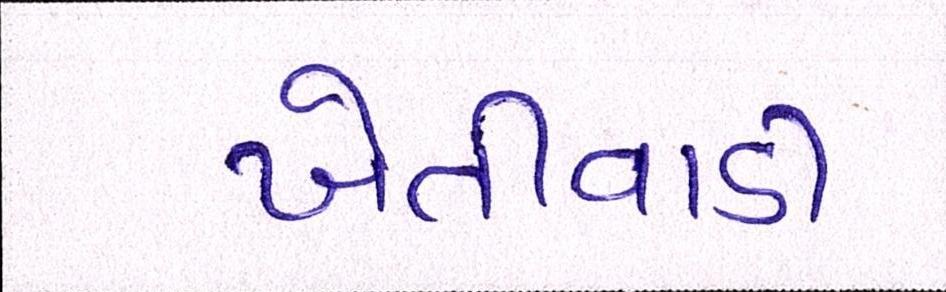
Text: ખેતીવાડી